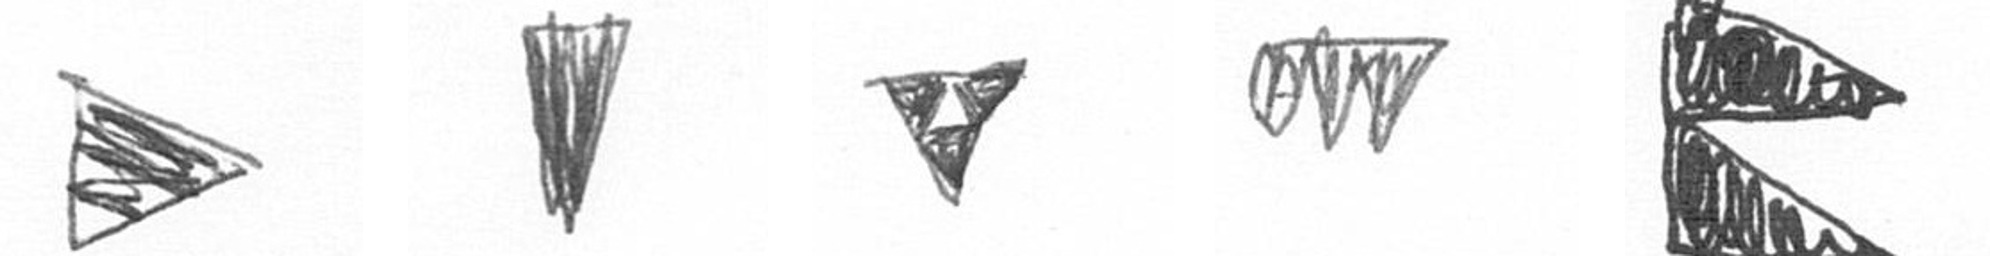
T J S L P